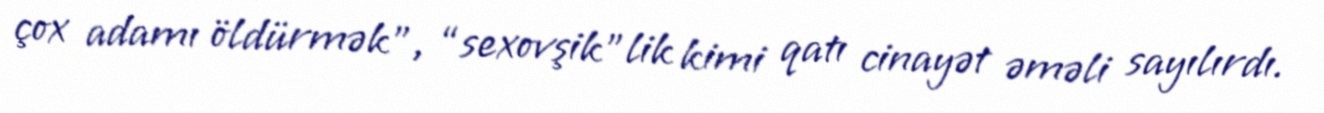
çox adamı öldürmək”, “sexovşik”lik kimi qatı cinayət əməli sayılırdı.